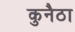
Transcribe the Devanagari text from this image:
कुनैठा